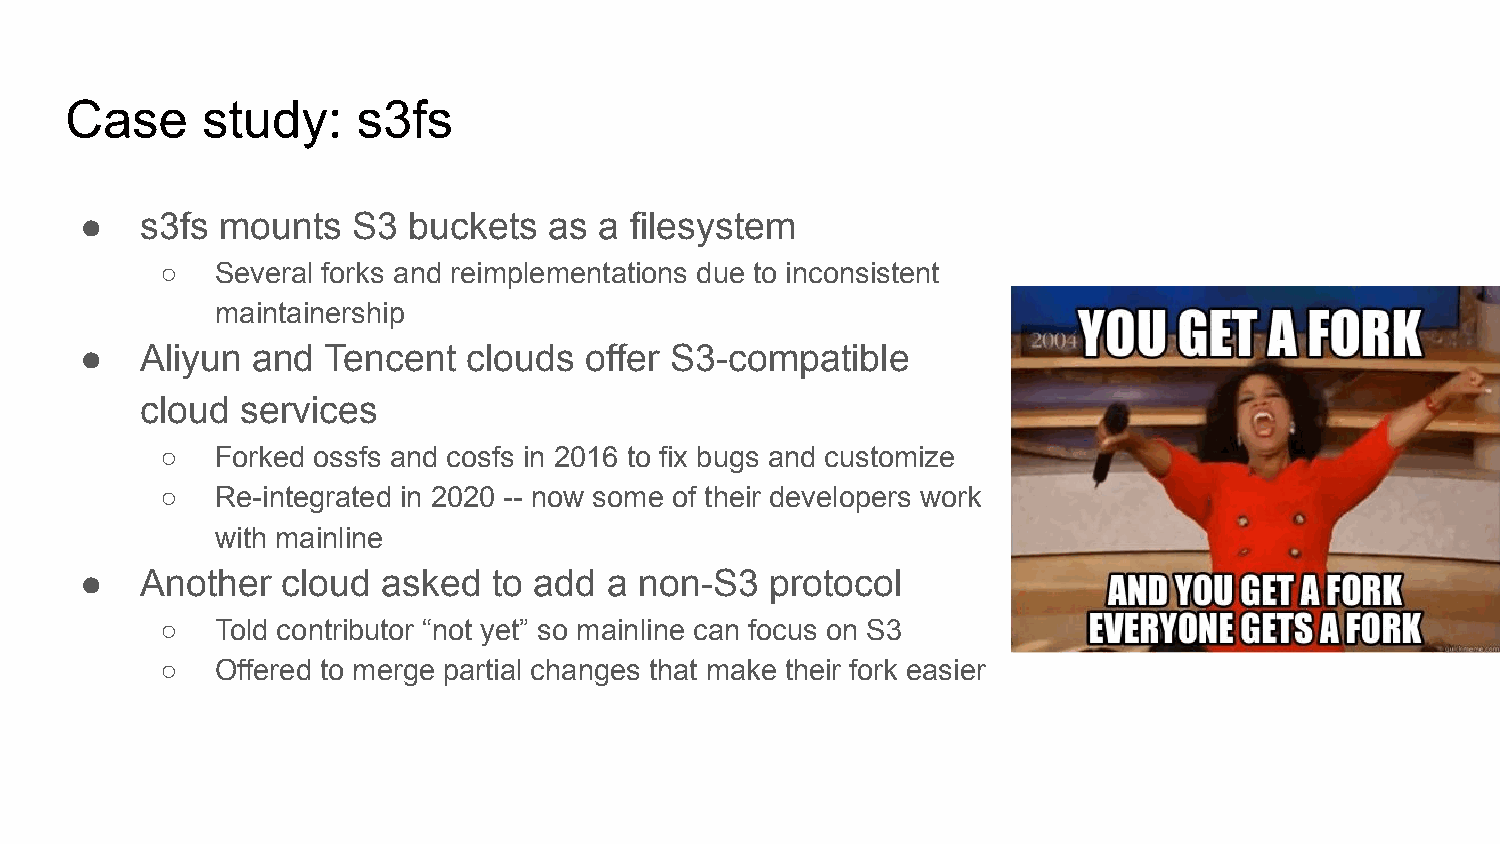
Case     study:     s3fs
 ●   s3fs  mounts  S3  buckets  as  a filesystem
 ○  Several forks and reimplementations due to inconsistent
 maintainership
 ●   Aliyun  and  Tencent  clouds  offer S3-compatible
 cloud  services
 ○  Forked ossfs and cosfs in 2016 to fix bugs and customize
 ○  Re-integrated in 2020 -- now some of their developers work
 with mainline
 ●   Another   cloud asked   to add a non-S3   protocol
 ○  Told contributor “not yet” so mainline can focus on S3
 ○  Offered to merge partial changes that make their fork easier